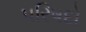
પરિષદો